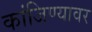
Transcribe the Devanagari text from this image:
कांजिण्यावर